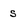
Character: s